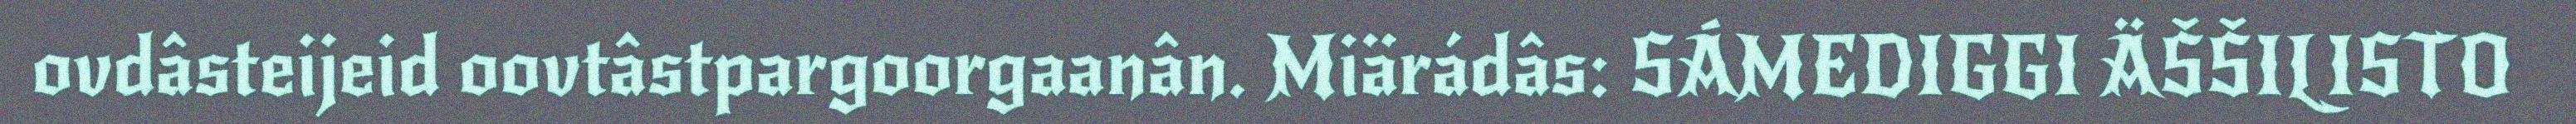
ovdâsteijeid oovtâstpargoorgaanân. Miärádâs: SÁMEDIGGI ÄŠŠILISTO